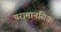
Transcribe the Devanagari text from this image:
परामानसिक